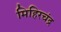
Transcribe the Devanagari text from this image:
मिहिरचंद्र